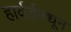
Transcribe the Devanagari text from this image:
हार्वर्डमधून